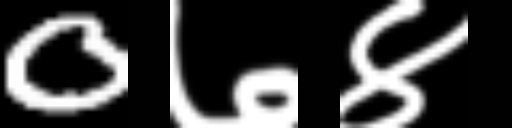
Text: 0७४